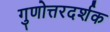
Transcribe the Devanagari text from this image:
गुणोत्तरदर्शक